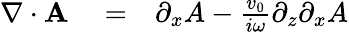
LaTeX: \begin{array}{rlr}{{\mathbf\nabla}\cdot{\mathbf A}}&{{}=}&{\partial_{x}A-\frac{v_{0}}{i\omega}\partial_{z}\partial_{x}A}\end{array}